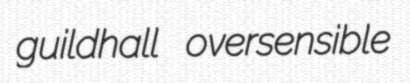
guildhall oversensible